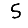
Digit: 5